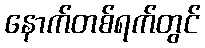
နောက်တစ်ရက်တွင်